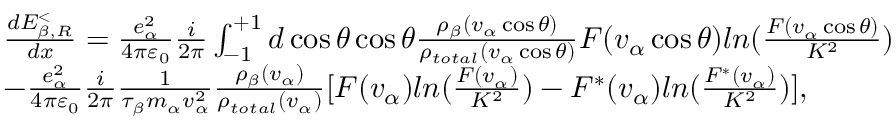
\begin{array} { r l } & { \frac { d E _ { \beta , R } ^ { < } } { d x } = \frac { e _ { \alpha } ^ { 2 } } { 4 \pi { { \varepsilon } _ { 0 } } } \frac { i } { 2 \pi } \int _ { - 1 } ^ { + 1 } { d \cos \theta \cos \theta \frac { { { \rho } _ { \beta } } ( { { v } _ { \alpha } } \cos \theta ) } { { { \rho } _ { t o t a l } } ( { { v } _ { \alpha } } \cos \theta ) } } F ( { { v } _ { \alpha } } \cos \theta ) l n ( \frac { F ( { { v } _ { \alpha } } \cos \theta ) } { { { K } ^ { 2 } } } ) } \\ & { - \frac { e _ { \alpha } ^ { 2 } } { 4 \pi { { \varepsilon } _ { 0 } } } \frac { i } { 2 \pi } \frac { 1 } { { { \tau } _ { \beta } } { { m } _ { \alpha } } v _ { \alpha } ^ { 2 } } \frac { { { \rho } _ { \beta } } ( { { v } _ { \alpha } } ) } { { { \rho } _ { t o t a l } } ( { { v } _ { \alpha } } ) } [ F ( { { v } _ { \alpha } } ) l n ( \frac { F ( { { v } _ { \alpha } } ) } { { { K } ^ { 2 } } } ) - { { F } ^ { * } } ( { { v } _ { \alpha } } ) l n ( \frac { { { F } ^ { * } } ( { { v } _ { \alpha } } ) } { { { K } ^ { 2 } } } ) ] , } \end{array}